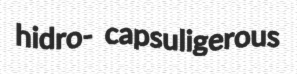
hidro- capsuligerous